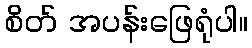
စိတ် အပန်းဖြေရုံပါ။